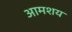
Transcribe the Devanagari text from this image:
आमशय